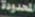
المحدودة